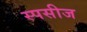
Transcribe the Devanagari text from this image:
स्पसीज